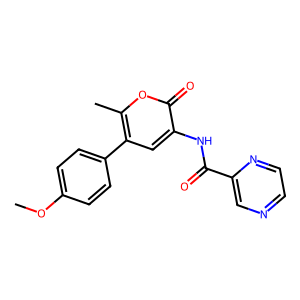
SMILES: COc1ccc(-c2cc(NC(=O)c3cnccn3)c(=O)oc2C)cc1
Inhibits HIV replication: No